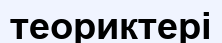
теориктері